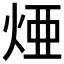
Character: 𤉁